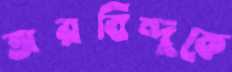
অরবিন্দুকে